Lunatic asylums Central Provinces reports 1874-1885 - 1874-1885
Year: 1874
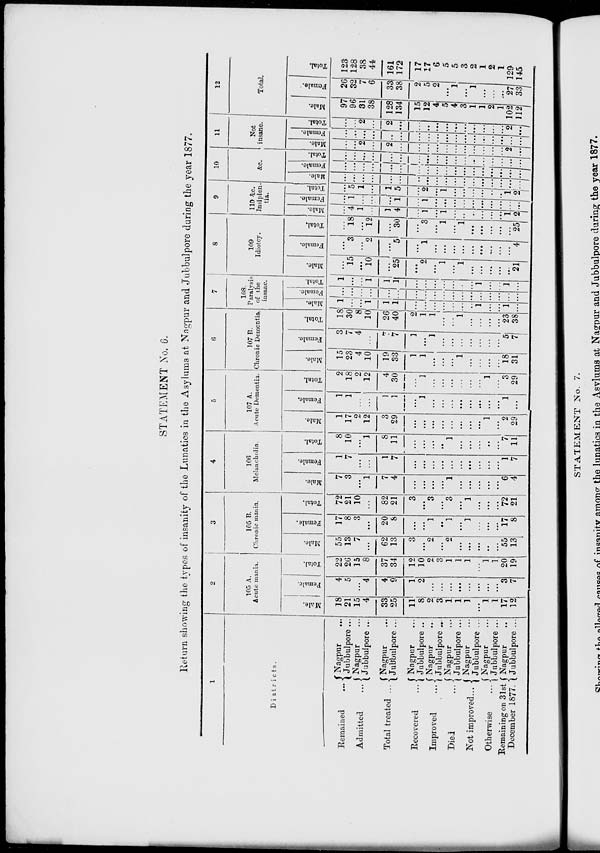
STATEMENT No. 6.
Return showing the types of insanity of the Lunatics in the Asylums at Nagpur and Jubbulpore during the year 1877.
1
Districts.
Remained ...
Admitted ...
Total treated ...
Recovered ...
Improved
...
Died ...
Not improved ...
Otherwise ...
Remaining on 31st
December 1877.
Nagpur
...
Jubbulpore ...
Nagpur ...
Jubbulpore ...
Nagpur ...
Jubbulpore ...
Nagpur ...
Jubbulpore ...
Nagpur
...
Jubbulpore ...
Nagpur ...
Jubbulpore ...
Nagpur ...
Jubbulpore ...
Nagpur ...
Jubbulpore ...
Nagpur ...
Jubbulpore ...
2
105 A.
Acute mania.
Male.
18
21
15
4
33
25
11
8
2
3
1
1
1
...
1
1
17
12
Female.
4
5
...
4
4
9
1
2
...
...
...
...
...
...
...
...
3
7
Total.
22
26
15
8
37
34
12
10
2
3
1
1
1
...
1
1
20
19
3
105 B.
Chronic mania.
Male.
55
13
7
...
62
13
3
...
2
...
2
...
...
...
...
...
55
13
Female.
17
8
3
...
20
8
...
...
1
...
1
...
1
...
...
...
17
8
Total.
72
21
10
...
82
21
3
...
3
...
3
...
1
...
...
...
72
21
4
106
Melancholia.
Male.
7
3
...
1
7
4
...
...
...
...
1
...
...
...
...
...
6
4
Female.
1
7
...
...
1
7
...
...
...
...
...
...
...
...
...
...
1
7
Total.
8
10
...
1
8
11
...
...
...
...
1
...
...
...
...
...
7
11
5
107 A.
Acute Dementia.
Male.
1
17
2
12
3
29
...
...
...
...
...
...
...
...
1
...
2
29
Female.
1
1
...
...
1
1
...
1
...
...
...
...
...
...
...
...
1
...
Total.
2
18
2
12
4
30
...
1
...
...
...
...
...
...
1
...
3
29
6
107 B.
Chronic Dementia.
Male.
15
23
4
10
19
33
1
1
...
...
...
1
...
...
...
...
18
31
Female.
3
7
4
...
7
7
1
...
1
...
...
...
...
...
...
...
5
7
Total.
18
30
8
10
26
40
2
1
1
...
...
1
...
...
...
...
23
38
7
108.
Paralysis
of the
insane.
Male.
1
...
...
1
1
1
...
...
...
...
...
...
...
1
...
...
1
...
Female.
...
...
...
...
...
...
...
...
...
...
...
...
...
...
...
...
...
...
Total.
1
...
...
1
1
1
...
...
...
...
...
...
...
1
...
...
1
...
8
109
Idiotcy.
Male.
...
15
...
10
...
25
...
2
...
1
...
1
...
...
...
...
...
21
Female.
...
3
...
2
...
5
...
1
...
...
...
...
...
...
...
...
...
4
Total.
...
18
...
12
...
30
...
3
...
1
...
1
...
...
...
...
...
25
9
110 &c.
Insipien-
tia.
Male.
...
4
1
...
1
4
...
1
...
1
...
...
...
...
...
...
1
2
Female.
...
1
...
...
...
1
...
1
...
...
...
...
...
...
...
...
...
...
Total.
...
5
1
...
1
5
...
2
...
1
...
...
...
...
...
...
1
2
10
&c.
Male.
...
...
...
...
...
...
...
...
...
...
...
...
...
...
...
...
...
...
Female.
...
...
...
...
...
...
...
...
...
...
...
...
...
...
...
...
...
...
Total.
...
...
...
...
...
...
...
...
...
...
...
...
...
...
...
...
...
...
11
Not
insane.
Male.
...
...
2
...
2
...
...
...
...
...
...
...
...
...
...
...
2
...
Female.
...
...
...
...
...
...
...
...
...
...
...
...
...
...
...
...
...
...
Total.
...
...
2
...
2
...
...
...
...
...
...
...
...
...
...
...
2
...
12
Total.
Male.
97
96
31
38
128
134
15
12
4
5
4
3
1
1
2
1
102
112
Female.
26
32
7
6
33
38
2
5
2
...
1
...
1
...
...
...
27
33
Total.
123
128
38
44
161
172
17
17
6
5
5
3
2
1
2
1
129
145